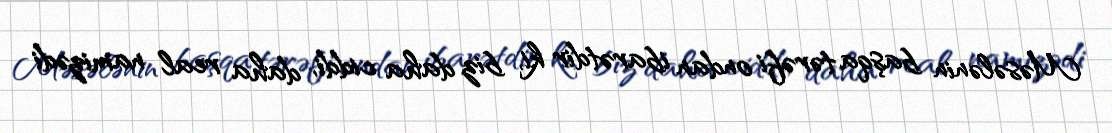
Məsələnin başqa tərəfi ondan ibarətdir ki, biz daha ciddi, daha real namizədi